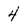
Character: 4